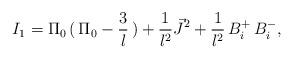
LaTeX: \begin{align*}I_1 = \Pi_0 \, ( \, \Pi_0 - \frac{3}{l} \, ) + \frac{1}{l^2}\vec{J}^2 + \frac{1}{l^2} \, B_i^+ \, B_i^- ,\end{align*}